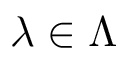
\lambda \in \Lambda